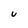
Character: u